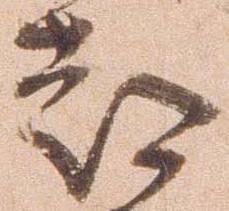
都